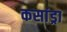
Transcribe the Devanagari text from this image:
कसांड्रा